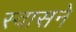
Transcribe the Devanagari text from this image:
स्वासने